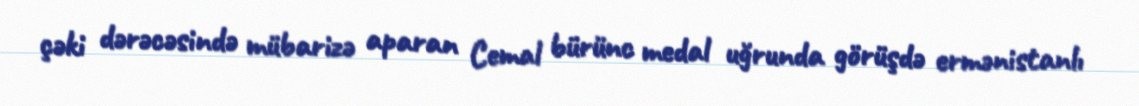
çəki dərəcəsində mübarizə aparan Cemal bürünc medal uğrunda görüşdə ermənistanlı